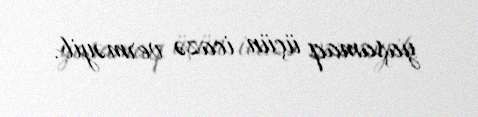
yaşamaq üçün icazə verməyib.